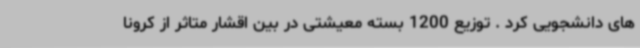
های دانشجویی کرد . توزیع 1200 بسته معیشتی در بین اقشار متاثر از کرونا